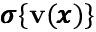
{ \pmb \sigma } \{ { \bf v } ( { \pmb x } ) \}